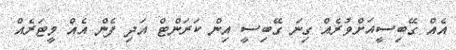
އެއް ގޭބިސީއަށްވުރެއް ގިނަ ގޭބިސީ އިން ކަރަންޓް އަދި ފެން އެއް މީޓަރެއް